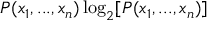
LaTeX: P ( x _ { 1 } , . . . , x _ { n } ) \log _ { 2 } [ P ( x _ { 1 } , . . . , x _ { n } ) ]